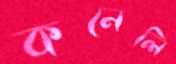
কনেলি